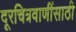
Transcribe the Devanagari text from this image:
दूरचित्रवाणींसाठी